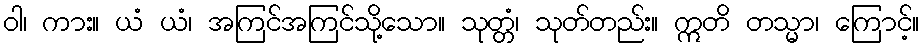
ဝါ၊ ကား။ ယံ ယံ၊ အကြင်အကြင်သို့သော။ သုတ္တံ၊ သုတ်တည်း။ ဣတိ တသ္မာ၊ ကြောင့်။